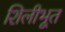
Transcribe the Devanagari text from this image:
शिलीभूत